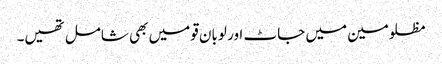
مظلومین میں جاٹ اور لوبان قومیں بھی شامل تھیں۔